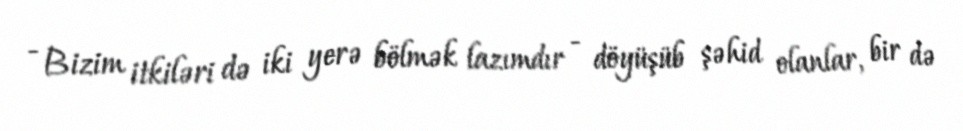
- Bizim itkiləri də iki yerə bölmək lazımdır - döyüşüb şəhid olanlar, bir də